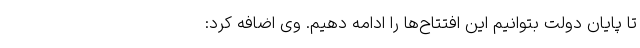
تا پایان دولت بتوانیم این افتتاح‌ها را ادامه دهیم. وی اضافه کرد: